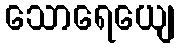
သောရေယျေ